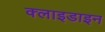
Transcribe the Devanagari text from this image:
क्लाइडाइन